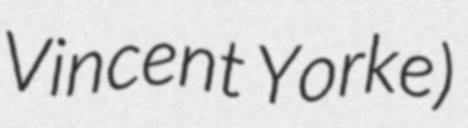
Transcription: Vincent Yorke)